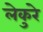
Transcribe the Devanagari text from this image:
लेकुरे